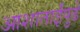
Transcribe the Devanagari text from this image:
आशाताईंपुढे